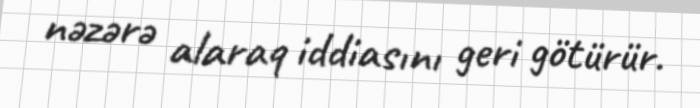
nəzərə alaraq iddiasını geri götürür.